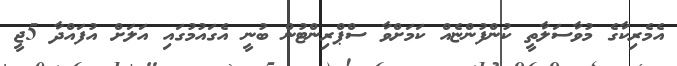
އެމެރިކާގެ މުވާސަލާތީ ކުންފުންޏެއް ކަމަށްވާ ސްޕްރިންޓުން ބުނީ އެގައުމުގައި އަލަށް އުފައްދާ 5ޖީ